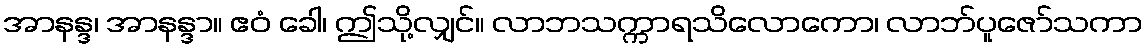
အာနန္ဒ၊ အာနန္ဒာ။ ဧဝံ ခေါ၊ ဤသို့လျှင်။ လာဘသက္ကာရသိလောကော၊ လာဘ်ပူဇော်သကာ